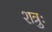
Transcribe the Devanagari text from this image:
शत्रुः